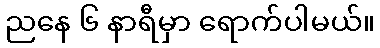
ညနေ ၆ နာရီမှာ ရောက်ပါမယ်။